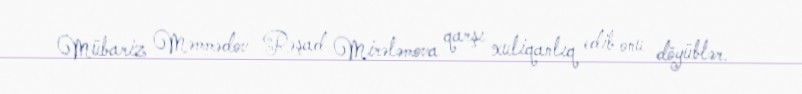
Mübariz Məmmədov Rəşad Mirələmova qarşı xuliqanlıq edib onu döyüblər.